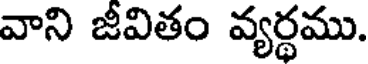
వాని జీవితం వ్యర్థము.